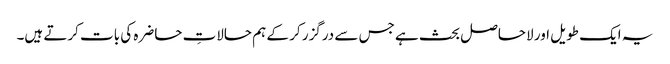
یہ ایک طویل اور لاحاصل بحث ہے جس سے درگزر کر کے ہم حالاتِ حاضرہ کی بات کرتے ہیں۔